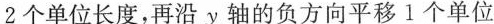
2个单位长度，再沿y轴的负方向平移1个单位